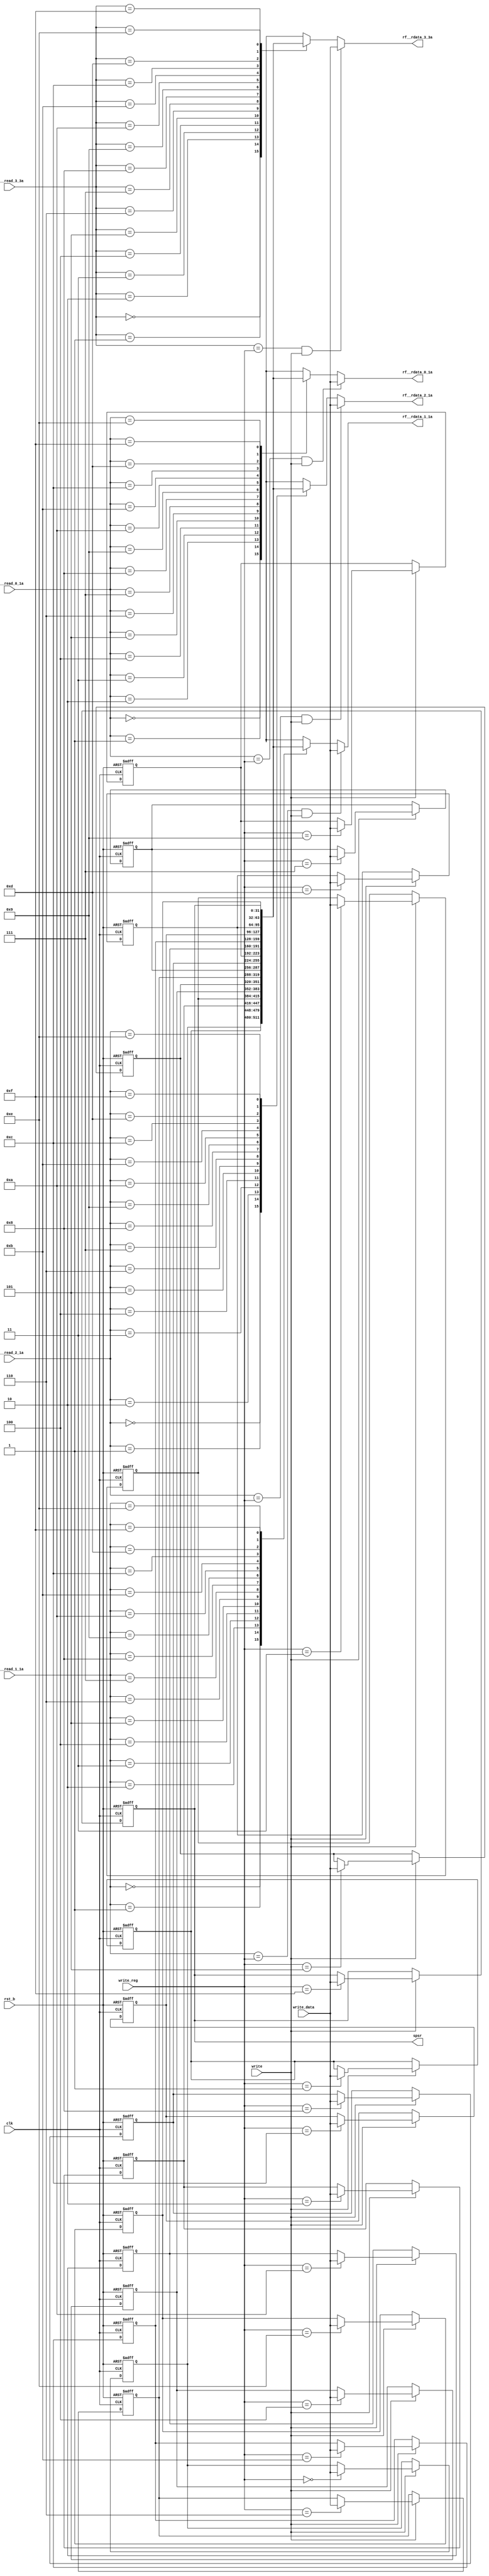
module RegFile(
	input              clk,
	input              rst_b,
	input        [3:0] rf__read_0_1a,
	output wire [31:0] rf__rdata_0_1a,
	input        [3:0] rf__read_1_1a,
	output wire [31:0] rf__rdata_1_1a,
	input        [3:0] rf__read_2_1a,
	output wire [31:0] rf__rdata_2_1a,
	input        [3:0] rf__read_3_3a,
	output wire [31:0] rf__rdata_3_3a,
	output wire [31:0] spsr,
	input              write,
	input        [3:0] write_reg,
	input       [31:0] write_data
	);
	
	reg [31:0] regfile [0:15];
	integer i;
	
	initial begin
		for (i = 0; i < 16; i = i + 1)
			regfile[i] = 0;
	end
	
	assign rf__rdata_0_1a = ((rf__read_0_1a == write_reg) && write) ? write_data : regfile[rf__read_0_1a];
	assign rf__rdata_1_1a = ((rf__read_1_1a == write_reg) && write) ? write_data : regfile[rf__read_1_1a];
	assign rf__rdata_2_1a = ((rf__read_2_1a == write_reg) && write) ? write_data : regfile[rf__read_2_1a];
	assign rf__rdata_3_3a = ((rf__read_3_3a == write_reg) && write) ? write_data : regfile[rf__read_3_3a];
	assign spsr = regfile[4'hF];
	
	always @(posedge clk or negedge rst_b)
		if (!rst_b) begin
			for (i = 0; i < 16; i = i + 1)
				regfile[i] <= 0;
		end else if (write)
			regfile[write_reg] <= write_data;
endmodule